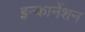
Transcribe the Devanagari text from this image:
इन्कार्नेशन